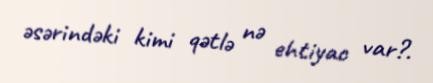
əsərindəki kimi qətlə nə ehtiyac var?.